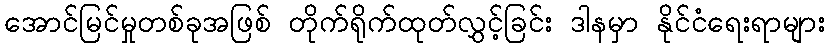
အောင်မြင်မှုတစ်ခုအဖြစ် တိုက်ရိုက်ထုတ်လွှင့်ခြင်း ဒါနမှာ နိုင်ငံရေးရာများ